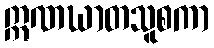
ဣဏဃာတသူစကာ